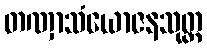
တဏှာသံယောဇနသုတ္တ